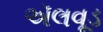
ઍલવૂડ